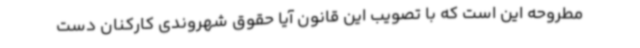
مطروحه این است که با تصویب این قانون آیا حقوق شهروندی کارکنان دست